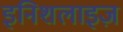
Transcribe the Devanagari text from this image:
इनिशलाइज़